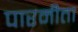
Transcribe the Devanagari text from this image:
पारमीता